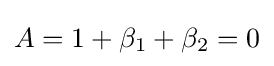
A=1+\beta _{1}+\beta _{2}=0